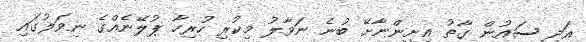
އަދި ސައުން ގާތު އިށީންނާށޭ ބުނެ ނަވާލު މިކުރި ހުރިހާ ޕުލޭނެއްގެ ނިވަލުގައި